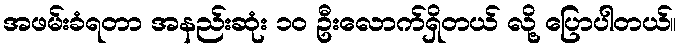
အဖမ်းခံရတာ အနည်းဆုံး ၁၀ ဦးလောက်ရှိတယ် လို့ ပြောပါတယ်။